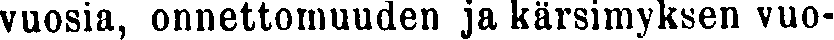
vuosia, onnettomuuden ja kärsimyksen vuo-